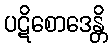
ပဋိစောဒေန္တိ